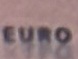
EURO